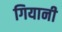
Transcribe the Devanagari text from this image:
गियानी